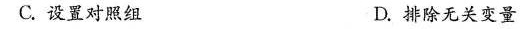
C.设置对照组 D.排除无关变量